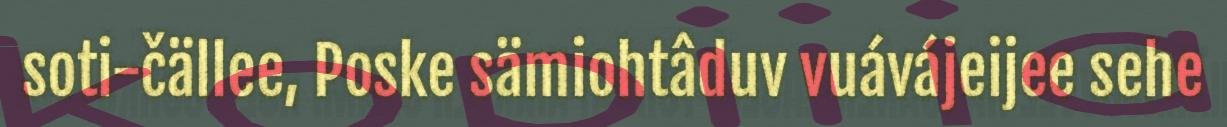
soti-čällee, Poske sämiohtâduv vuávájeijee sehe